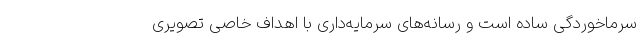
سرماخوردگی ساده است و رسانه‌های سرمایه‌داری با اهداف خاصی تصویری